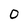
Character: O